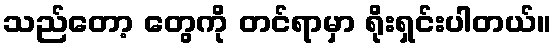
သည်တော့ တွေကို တင်ရာမှာ ရိုးရှင်းပါတယ်။